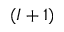
( I + 1 )